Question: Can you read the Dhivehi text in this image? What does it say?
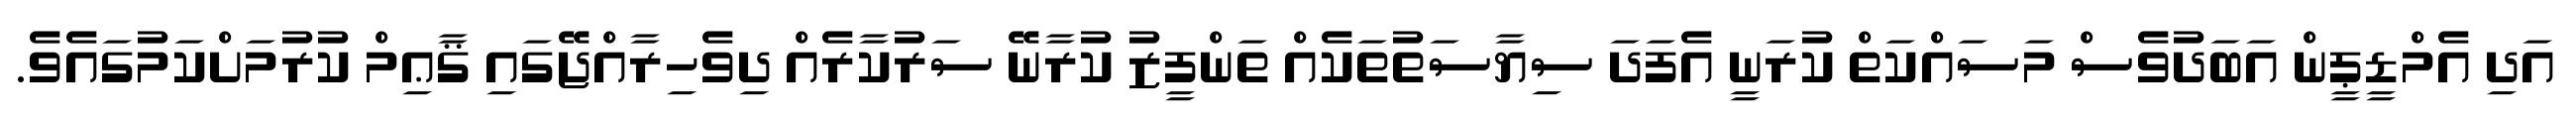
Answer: އަދި އެމްޑީޕީން އަބަދުވެސް މަސައްކަތް ކުރަނީ އެފަދަ ސިޔާސަތުތަކެއް ތަންފީޒު ކުރާނޭ ސަރުކާރެއް ދިވެހިރާއްޖޭގައި ޤާޢިމް ކުރުމަށްކަމުގައެވެ.